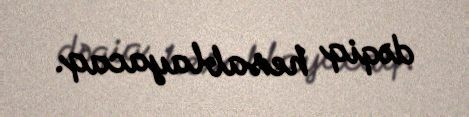
dəqiq hesablayacaq.